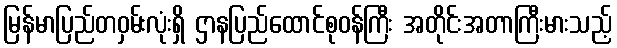
မြန်မာပြည်တဝှမ်းလုံးရှိ ဌာနပြည်ထောင်စုဝန်ကြီး အတိုင်းအတာကြီးမားသည့်